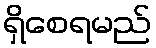
ရှိစေရမည်